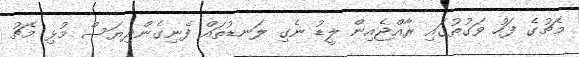
މެޗުގެ ފަހު ވަގުތުގައި ރާއްޖެއިން ލީޑު ނެގި ލަނޑުތައް ފެނިގެންދިޔަސް މުޅި މެޗު